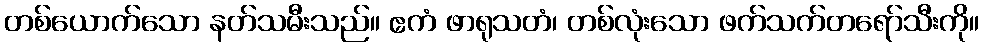
တစ်ယောက်သော နတ်သမီးသည်။ ဧကံ ဖာရုသတံ၊ တစ်လုံးသော ဖက်သက်တရော်သီးကို။